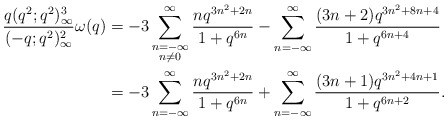
\begin{align*} \frac{q(q^2;q^2)_\infty^3}{(-q;q^2)_\infty^2}\omega(q) &=-3\sum_{\substack{n=-\infty\\n\neq 0}}^\infty \frac{nq^{3n^2+2n}}{1+q^{6n}}-\sum_{n=-\infty}^\infty \frac{(3n+2)q^{3n^2+8n+4}}{1+q^{6n+4}}\\&=-3\sum_{n=-\infty}^\infty \frac{nq^{3n^2+2n}}{1+q^{6n}}+\sum_{n=-\infty}^\infty \frac{(3n+1)q^{3n^2+4n+1}}{1+q^{6n+2}}.\end{align*}